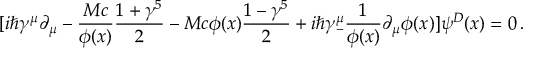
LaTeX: [ i \hbar \gamma ^ { \mu } \partial _ { \mu } - { \frac { M c } { \phi ( x ) } } { \frac { 1 + \gamma ^ { 5 } } { 2 } } - M c \phi ( x ) { \frac { 1 - \gamma ^ { 5 } } { 2 } } + i \hbar \gamma _ { - } ^ { \mu } { \frac { 1 } { \phi ( x ) } } \partial _ { \mu } \phi ( x ) ] \psi ^ { D } ( x ) = 0 \, .